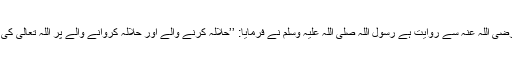
سیدنا علی رضی اللہ عنہ سے روایت ہے رسول اللہ صلی اللہ علیہ وسلم نے فرمایا: ’’حلالہ کرنے والے اور حلالہ کروانے والے پر اللہ تعالیٰ کی لعنت ہے‘‘۔